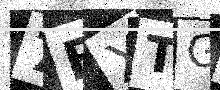
Text: 7BXTGQ